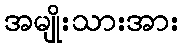
အမျိုးသားအား